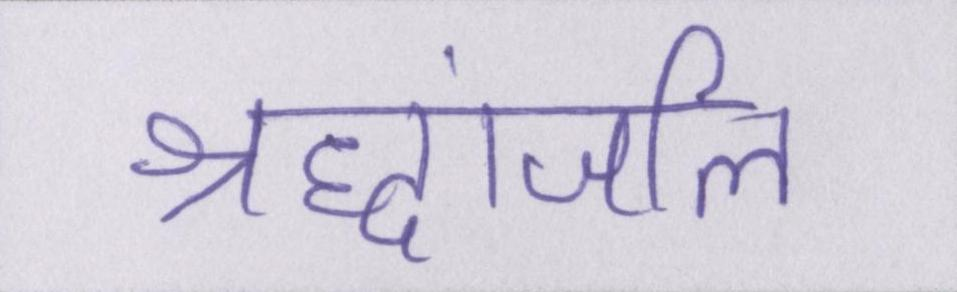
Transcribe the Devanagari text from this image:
श्रद्धांजलि